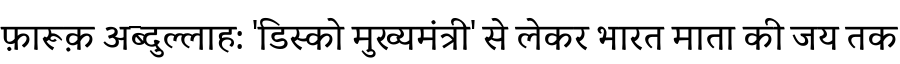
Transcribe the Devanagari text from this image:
फ़ारूक़ अब्दुल्लाह: 'डिस्को मुख्यमंत्री' से लेकर भारत माता की जय तक